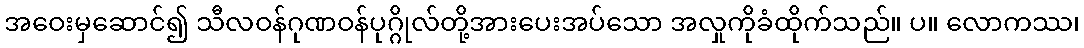
အဝေးမှဆောင်၍ သီလဝန်ဂုဏဝန်ပုဂ္ဂိုလ်တို့အားပေးအပ်သော အလှုကိုခံထိုက်သည်။ ပ။ လောကဿ၊